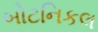
બોટનિકલ